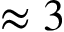
\approx 3